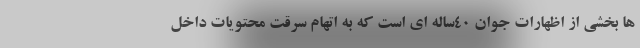
ها بخشی از اظهارات جوان 40ساله ای است که به اتهام سرقت محتویات داخل